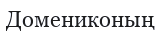
Домениконың